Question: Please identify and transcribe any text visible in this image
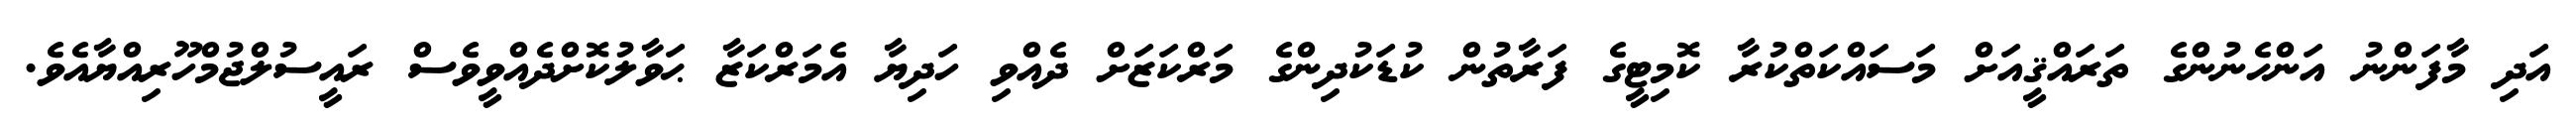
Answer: އަދި މާފަންނު އަންހެނުންގެ ތަރައްޤީއަށް މަސައްކަތްކުރާ ކޮމިޓީގެ ފަރާތުން ކުޑަކުދިންގެ މަރްކަޒަށް ދެއްވި ހަދިޔާ އެމަރްކަޒާ ޙަވާލުކޮށްދެއްވީވެސް ރައީސުލްޖުމްހޫރިއްޔާއެވެ.